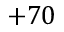
+ 7 0